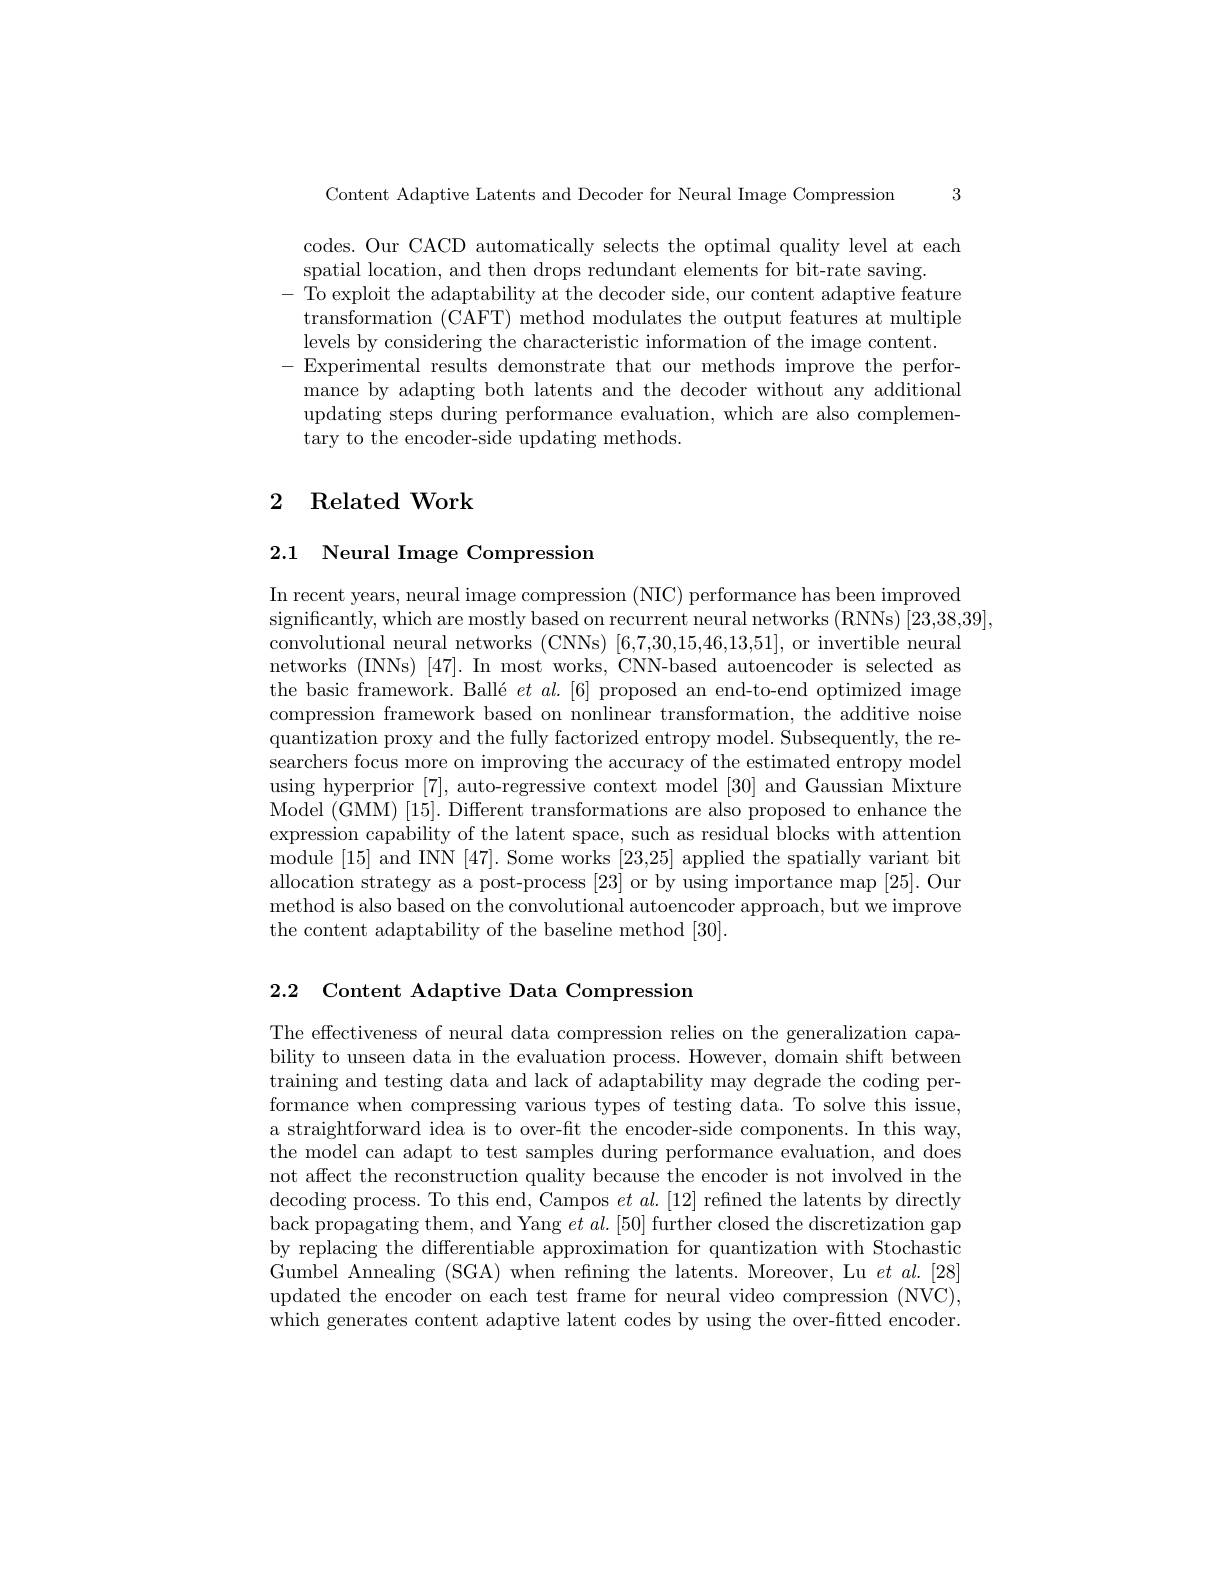
3

Content Adaptive Latents and Decoder for Neural Image Compression

codes. Our CACD automatically selects the optimal quality level at each
spatial location, and then drops redundant elements for bit-rate saving.
To exploit the adaptability at the decoder side, our content adaptive feature transformation (CAFT) method modulates the output features at multiple levels by considering the characteristic information of the image content.
- Experimental results demonstrate that our methods improve the performance by adapting both latents and the decoder without any additional updating steps during performance evaluation, which are also complementary to the encoder-side updating methods

## 2 Related Work

## 2.1 Neural Image Compression

In recent years, neural image compression (NIC) performance has been improved
significantly, which are mostly based on recurrent neural networks (RNNs) [23,38,39],
convolutional neural networks (CNNs) [6,7,30,15,46,13,51], or invertible neural networks (INNs) [47]. In most works, CNN-based autoencoder is selected as the basic framework. Ballé $et\textit{al. [ 6] proposed an end- to- end optimized image}$ compression framework based on nonlinear transformation, the additive noise quantization proxy and the fully factorized entropy model. Subsequently, the researchers focus more on improving the accuracy of the estimated entropy model using hyperprior [7], auto-regressive context model [30] and Gaussian Mixture Model (GMM) [15]. Different transformations are also proposed to enhance the expression capability of the latent space, such as residual blocks with attention module [15] and INN [47]. Some works [23,25] applied the spatially variant bit allocation strategy as a post-process [23] or by using importance map [25]. Our method is also based on the convolutional autoencoder approach, but we improve the content adaptability of the baseline method [30].

2.2 Content Adaptive Data Compression

The effectiveness of neural data compression relies on the generalization capability to unseen data in the evaluation process. However, domain shift between training and testing data and lack of adaptability may degrade the coding performance when compressing various types of testing data. To solve this issue, a straightforward idea is to over-fit the encoder-side components. In this way, the model can adapt to test samples during performance evaluation, and does not affect the reconstruction quality because the encoder is not involved in the decoding process. To this end, Campos $et\textit{al. [ 12] refined the latents by directly}$ back propagating them, and Yang $etal.[50]$ further closed the discretization gap by replacing the differentiable approximation for quantization with Stochastic Gumbel Annealing (SGA) when refning the latents. Moreover, Lu $et$ $al.[28]$ updated the encoder on each test frame for neural video compression (NVC), which generates content adaptive latent codes by using the over-fitted encoder.